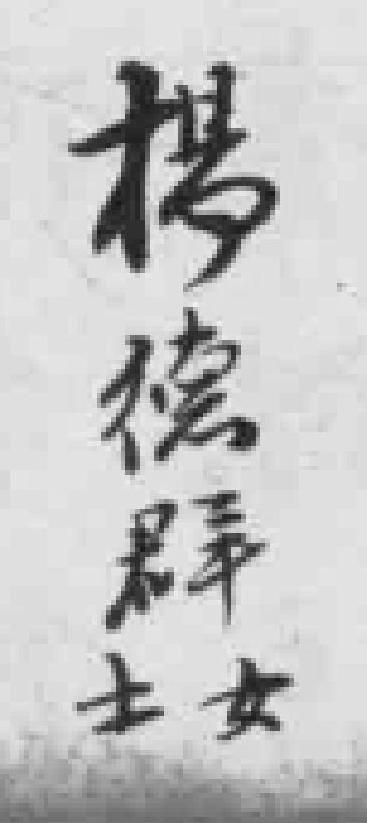
楊德群士女